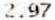
2.97